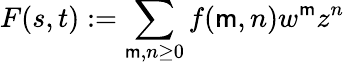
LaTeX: F(s,t):=\sum_{\mathsf{m},n\geq0}f(\mathsf{m},n)w^{\mathsf{m}}z^{n}